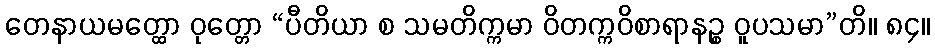
တေနာယမတ္ထော ဝုတ္တော “ပီတိယာ စ သမတိက္ကမာ ဝိတက္ကဝိစာရာနဉ္စ ဝူပသမာ”တိ။ ၈၄။